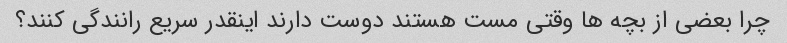
چرا بعضی از بچه ها وقتی مست هستند دوست دارند اینقدر سریع رانندگی کنند؟